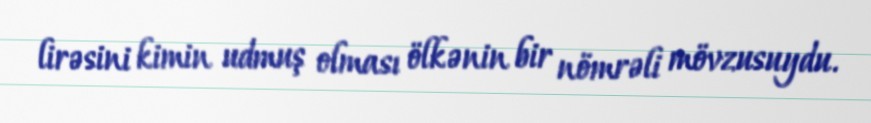
lirəsini kimin udmuş olması ölkənin bir nömrəli mövzusuydu.